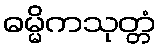
ဓမ္မိကသုတ္တံ